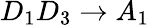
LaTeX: D_{1}D_{3}\rightarrow A_{1}